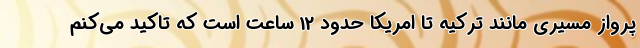
پرواز مسیری مانند ترکیه تا امریکا حدود 12 ساعت است که تاکید می‌کنم